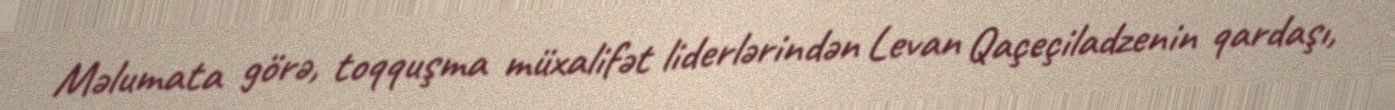
Məlumata görə, toqquşma müxalifət liderlərindən Levan Qaçeçiladzenin qardaşı,